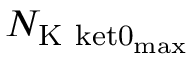
N _ { \mathrm { K \ k e t { 0 } _ { \mathrm { m a x } } } }